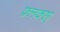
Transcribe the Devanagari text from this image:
फ़्लक्स्